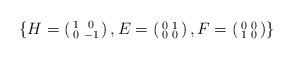
LaTeX: \begin{align*}\lbrace H = \left( \begin{smallmatrix} 1&0 \\ 0&-1\end{smallmatrix}\right), E=\left( \begin{smallmatrix} 0&1 \\ 0&0\end{smallmatrix}\right), F=\left( \begin{smallmatrix} 0&0 \\ 1&0 \end{smallmatrix}\right) \rbrace\end{align*}